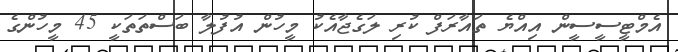
އެމްޓީސީސީން އިއްޔެ ތައާރަފް ކުރި ލަގެޖާއެކު މީހުން އުފުލާ ބަސްތަތަކީ 45 މީހުންގެ